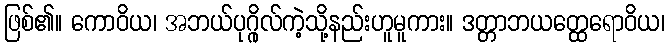
ဖြစ်၏။ ကောဝိယ၊ အဘယ်ပုဂ္ဂိုလ်ကဲ့သို့နည်းဟူမူကား။ ဒတ္တာဘယတ္ထေရောဝိယ၊